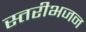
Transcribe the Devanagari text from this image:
स्तरीभजन